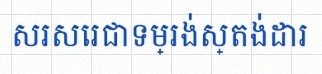
សរសេរជាទម្រង់ស្តង់ដារ